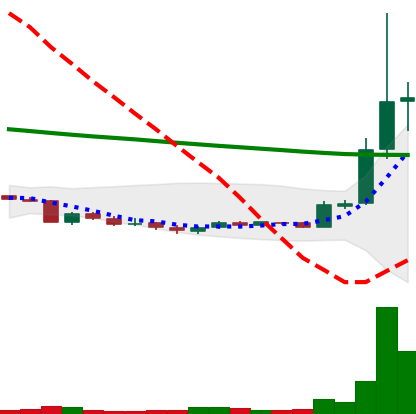
Ticker: XRP-USD
Chart end date: 2018-09-22
Forward return: -5.154%
Label: down_5_7